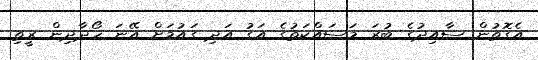
އެގޮތުން ސާއިދުގެ ބުރަ މަސައްކަތުގެ އަގު އަދި ގައުމަށް އޭނަ ހޯދާދިން ރީތި